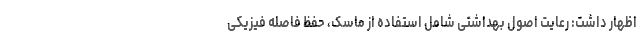
اظهار داشت: رعایت اصول بهداشتی شامل استفاده از ماسک، حفظ فاصله فیزیکی